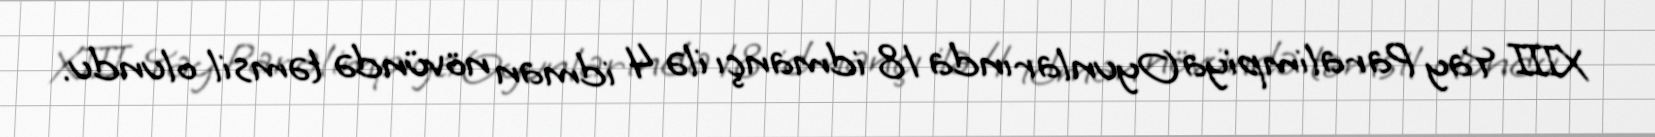
XIII Yay Paralimpiya Oyunlarında 18 idmançı ilə 4 idman növündə təmsil olundu.